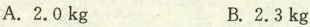
A.2.0kg B.2.3kg